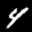
Label: 4